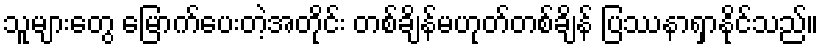
သူများတွေ မြောက်ပေးတဲ့အတိုင်း တစ်ချိန်မဟုတ်တစ်ချိန် ပြဿနာရှာနိုင်သည်။